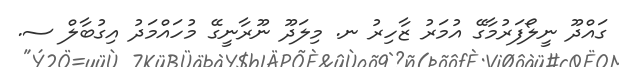
ގައްދޫ ނީލޯފަރުމާގޭ އުމަރު ޒާހިރު ނ. މިލަދޫ ނޫރާނީގޭ މުހައްމަދު އިގުބާލް ސ.